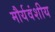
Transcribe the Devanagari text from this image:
मौर्यवंशीय